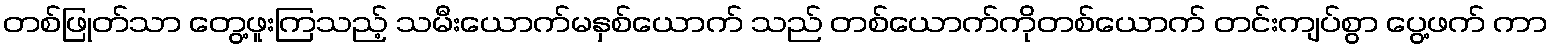
တစ်ဖြုတ်သာ တွေ့ဖူးကြသည့် သမီးယောက်မနှစ်ယောက် သည် တစ်ယောက်ကိုတစ်ယောက် တင်းကျပ်စွာ ပွေ့ဖက် ကာ